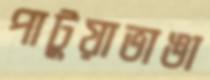
পাটুয়াভাঙা